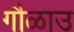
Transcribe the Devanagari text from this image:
गौळाउ